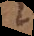
t